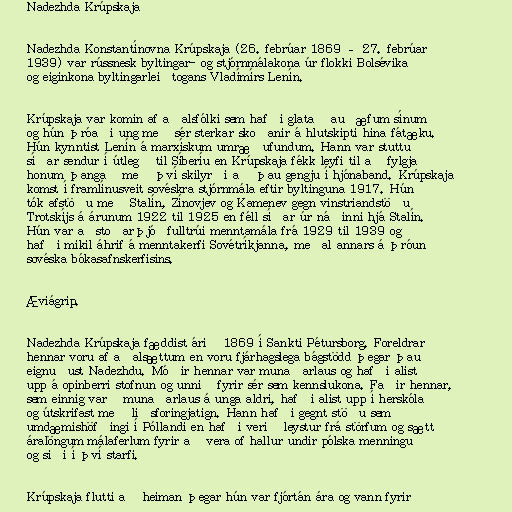
Nadezhda Krúpskaja

Nadezhda Konstantínovna Krúpskaja (26. febrúar 1869 – 27. febrúar
1939) var rússnesk byltingar- og stjórnmálakona úr flokki Bolsévika
og eiginkona byltingarleiðtogans Vladímírs Lenín.

Krúpskaja var komin af aðalsfólki sem hafði glatað auðæfum sínum
og hún þróaði ung með sér sterkar skoðanir á hlutskipti hina fátæku.
Hún kynntist Lenín á marxískum umræðufundum. Hann var stuttu
síðar sendur í útlegð til Síberíu en Krúpskaja fékk leyfi til að fylgja
honum þangað með því skilyrði að þau gengju í hjónaband. Krúpskaja
komst í framlínusveit sovéskra stjórnmála eftir byltinguna 1917. Hún
tók afstöðu með Stalín, Zínovjev og Kamenev gegn vinstriandstöðu
Trotskíjs á árunum 1922 til 1925 en féll síðar úr náðinni hjá Stalín.
Hún var aðstoðarþjóðfulltrúi menntamála frá 1929 til 1939 og
hafði mikil áhrif á menntakerfi Sovétríkjanna, meðal annars á þróun
sovéska bókasafnskerfisins.

Æviágrip.

Nadezhda Krúpskaja fæddist árið 1869 í Sankti Pétursborg. Foreldrar
hennar voru af aðalsættum en voru fjárhagslega bágstödd þegar þau
eignuðust Nadezhdu. Móðir hennar var munaðarlaus og hafði alist
upp á opinberri stofnun og unnið fyrir sér sem kennslukona. Faðir hennar,
sem einnig varð munaðarlaus á unga aldri, hafði alist upp í herskóla
og útskrifast með liðsforingjatign. Hann hafði gegnt stöðu sem
umdæmishöfðingi í Póllandi en hafði verið leystur frá störfum og sætt
áralöngum málaferlum fyrir að vera of hallur undir pólska menningu
og siði í því starfi.

Krúpskaja flutti að heiman þegar hún var fjórtán ára og vann fyrir